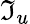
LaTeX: \mathfrak{I}_{u}